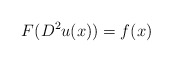
\begin{align*} F(D^{2}u(x))=f(x)\end{align*}